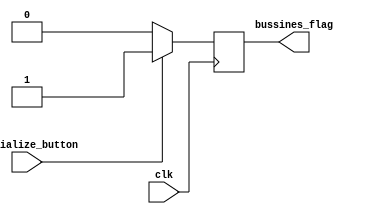
module InitializeModule (
	input wire clk,
    input wire initialize_button,       // 
    output reg bussines_flag
);

always @(posedge clk) begin
	if(initialize_button) bussines_flag <= 1'd1;
	else bussines_flag <= 1'd0;
end

endmodule